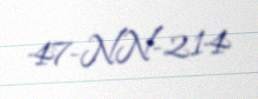
47-NN-214